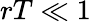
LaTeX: rT\ll 1